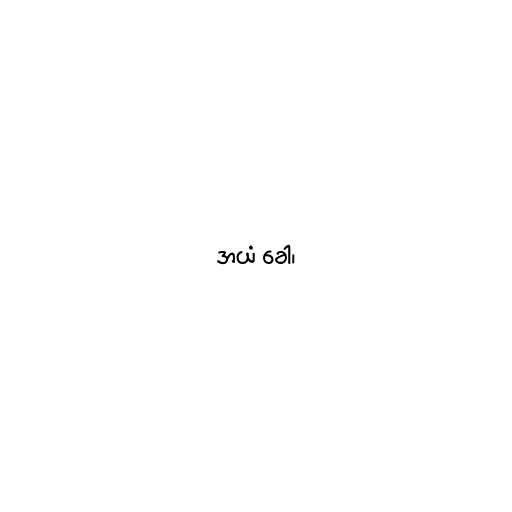
အယံ ခေါ၊